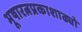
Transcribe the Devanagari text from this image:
भूषारत्नप्रकाशाढ्यो